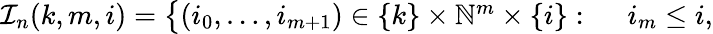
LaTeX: \begin{array}{rl}{\mathcal{I}_{n}(k,m,i)=\big\{ (i_{0},\dots,i_{m+1})\in\{ k\} \times\mathbb{N}^{m}\times\{ i\} :\; \; }&{{}i_{m}\leq i,}\end{array}